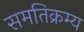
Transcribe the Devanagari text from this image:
समतिक्रम्य